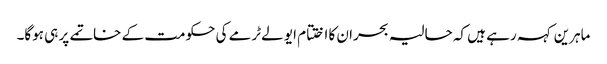
ماہرین کہہ رہے ہیں کہ حالیہ بحران کا اختتام ایو لےٹرمے کی حکومت کے خاتمے پر ہی ہوگا۔